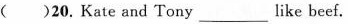
( )20.Kate and Tony____ like beef.